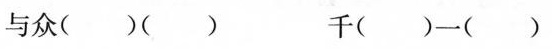
与众（）（） 千（）一（）